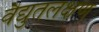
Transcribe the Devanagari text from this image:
वैद्युतलक्षण